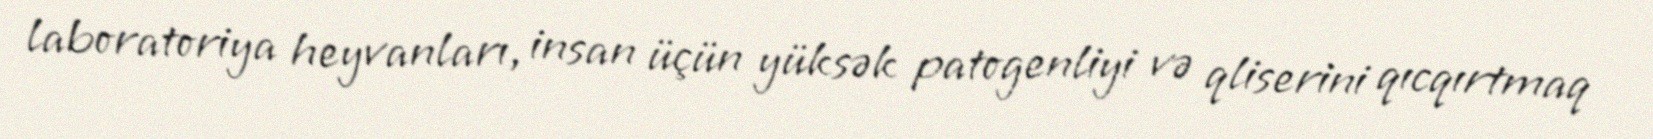
laboratoriya heyvanları, insan üçün yüksək patogenliyi və qliserini qıcqırtmaq